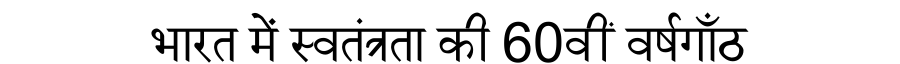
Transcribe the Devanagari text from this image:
भारत में स्वतंत्रता की 60वीं वर्षगाँठ